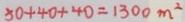
5 0 + 4 0 + 4 0 = 1 3 0 0 m ^ { 2 }